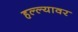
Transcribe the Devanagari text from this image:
हल्ल्यावर